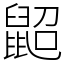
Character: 鼦